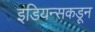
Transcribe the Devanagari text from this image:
इंडियन्सकडून